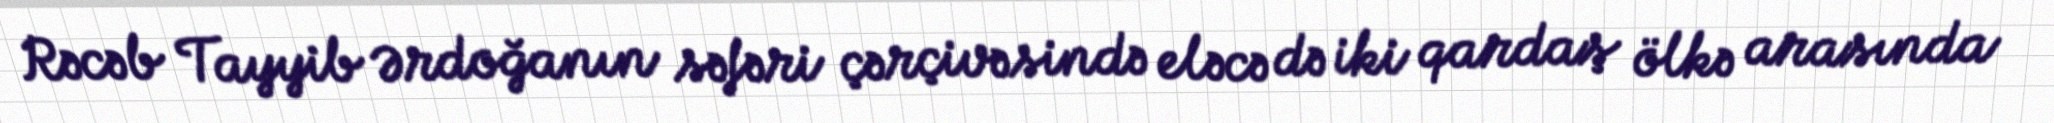
Rəcəb Tayyib Ərdoğanın səfəri çərçivəsində eləcə də iki qardaş ölkə arasında